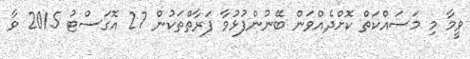
ވީމާ މި މަސައްކަތް ކޮށްދެއްވަން ބޭނުންފުޅުވާ ފަރާތްތަކުން 27 އޮގަސްޓު 2015 ވާ